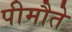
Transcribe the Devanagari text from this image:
पीमौते